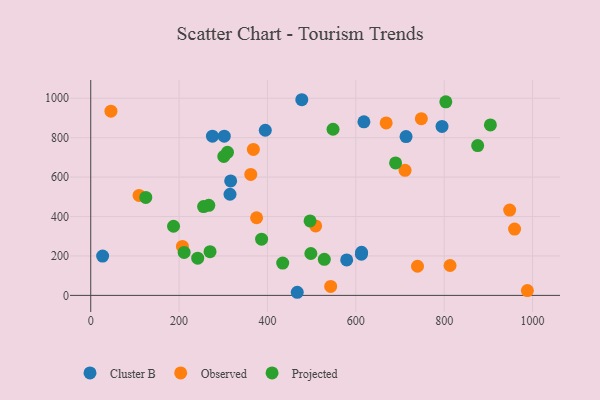
{"axis": {"x": "Price", "y": "Demand"}, "legend": ["Cluster B", "Observed", "Projected"], "data": [{"x": "315.2", "y": 513.1, "type": "Cluster B"}, {"x": "302.2", "y": 807.8, "type": "Cluster B"}, {"x": "395.1", "y": 837.6, "type": "Cluster B"}, {"x": "477.7", "y": 992.5, "type": "Cluster B"}, {"x": "618.3", "y": 880.4, "type": "Cluster B"}, {"x": "26.9", "y": 199.2, "type": "Cluster B"}, {"x": "612.7", "y": 208.6, "type": "Cluster B"}, {"x": "713.7", "y": 805.6, "type": "Cluster B"}, {"x": "795.1", "y": 857.0, "type": "Cluster B"}, {"x": "579.3", "y": 180.1, "type": "Cluster B"}, {"x": "467.4", "y": 15.8, "type": "Cluster B"}, {"x": "275.5", "y": 807.4, "type": "Cluster B"}, {"x": "316.7", "y": 580.5, "type": "Cluster B"}, {"x": "613.0", "y": 218.9, "type": "Cluster B"}, {"x": "109.4", "y": 507.2, "type": "Observed"}, {"x": "739.6", "y": 147.9, "type": "Observed"}, {"x": "45.7", "y": 934.2, "type": "Observed"}, {"x": "368.1", "y": 740.4, "type": "Observed"}, {"x": "959.3", "y": 336.3, "type": "Observed"}, {"x": "711.4", "y": 634.4, "type": "Observed"}, {"x": "362.2", "y": 613.7, "type": "Observed"}, {"x": "813.3", "y": 151.6, "type": "Observed"}, {"x": "948.2", "y": 432.6, "type": "Observed"}, {"x": "748.3", "y": 896.3, "type": "Observed"}, {"x": "509.1", "y": 352.4, "type": "Observed"}, {"x": "207.5", "y": 248.2, "type": "Observed"}, {"x": "375.4", "y": 393.9, "type": "Observed"}, {"x": "543.1", "y": 45.4, "type": "Observed"}, {"x": "988.3", "y": 24.5, "type": "Observed"}, {"x": "668.7", "y": 874.6, "type": "Observed"}, {"x": "434.5", "y": 163.9, "type": "Projected"}, {"x": "124.6", "y": 496.9, "type": "Projected"}, {"x": "187.4", "y": 350.8, "type": "Projected"}, {"x": "270.0", "y": 221.5, "type": "Projected"}, {"x": "267.2", "y": 456.8, "type": "Projected"}, {"x": "309.5", "y": 725.9, "type": "Projected"}, {"x": "904.6", "y": 864.8, "type": "Projected"}, {"x": "211.4", "y": 217.7, "type": "Projected"}, {"x": "301.2", "y": 704.8, "type": "Projected"}, {"x": "496.4", "y": 377.9, "type": "Projected"}, {"x": "548.4", "y": 842.8, "type": "Projected"}, {"x": "386.7", "y": 285.4, "type": "Projected"}, {"x": "498.2", "y": 212.4, "type": "Projected"}, {"x": "242.1", "y": 188.8, "type": "Projected"}, {"x": "528.7", "y": 182.8, "type": "Projected"}, {"x": "690.0", "y": 671.8, "type": "Projected"}, {"x": "255.4", "y": 450.4, "type": "Projected"}, {"x": "803.7", "y": 981.6, "type": "Projected"}, {"x": "875.8", "y": 759.9, "type": "Projected"}]}